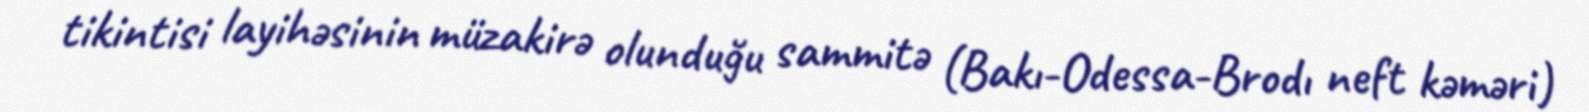
tikintisi layihəsinin müzakirə olunduğu sammitə (Bakı-Odessa-Brodı neft kəməri)